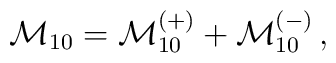
{\cal M}_{10}= {\cal M}_{10}^{(+)}+{\cal M}_{10}^{(-)}\,,